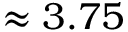
\approx 3 . 7 5